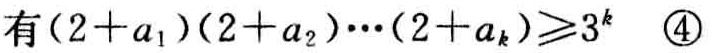
有\((2 + a_1)(2 + a_2)\cdots(2 + a_k)\geqslant3^k\quad \textcircled{4}\)